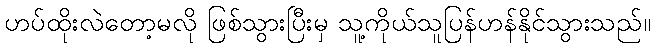
ဟပ်ထိုးလဲတော့မလို ဖြစ်သွားပြီးမှ သူ့ကိုယ်သူပြန်ဟန်နိုင်သွားသည်။